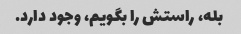
بله، راستش را بگویم، وجود دارد.